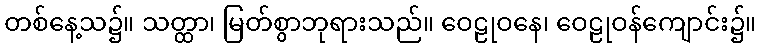
တစ်နေ့သ၌။ သတ္ထာ၊ မြတ်စွာဘုရားသည်။ ဝေဠုဝနေ၊ ဝေဠုဝန်ကျောင်း၌။